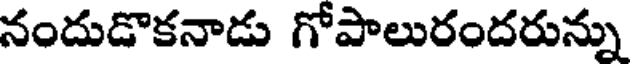
నందుడొకనాడు గోపాలురందరున్ను